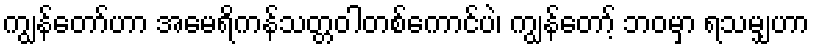
ကျွန်တော်ဟာ အမေရိကန်သတ္တဝါတစ်ကောင်ပဲ၊ ကျွန်တော့် ဘဝမှာ ရသမျှဟာ